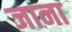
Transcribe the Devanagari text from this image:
जाना